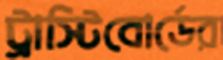
ট্রাস্টিবোর্ডের